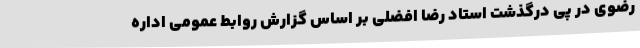
رضوی در پی درگذشت استاد رضا افضلی بر اساس گزارش روابط عمومی اداره